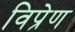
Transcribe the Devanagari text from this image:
विप्रेण